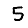
Digit: 5